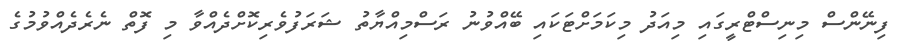
ފިނޭންސް މިނިސްޓްރީގައި މިއަދު މިކަމަށްޓަކައި ބޭއްވުނު ރަސްމިއްޔާތު ޝަރަފުވެރިކޮށްދެއްވާ މި ފޮތް ނެރެދެއްވުމުގެ